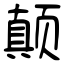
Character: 颠